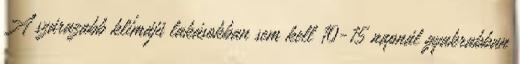
A szárazabb klímájú lakásokban sem kell 10-15 napnál gyakrabban